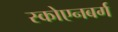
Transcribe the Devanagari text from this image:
स्कोएनबर्ग